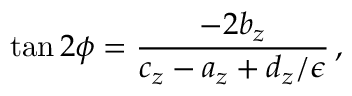
\tan 2 \phi = { \frac { - 2 b _ { z } } { c _ { z } - a _ { z } + d _ { z } / \epsilon } } \, ,